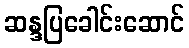
ဆန္ဒပြခေါင်းဆောင်